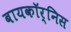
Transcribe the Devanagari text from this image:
बायकॉर्निस